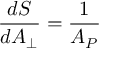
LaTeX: { \frac { d S } { d A _ { \perp } } } = { \frac { 1 } { { \cal A } _ { P } } }